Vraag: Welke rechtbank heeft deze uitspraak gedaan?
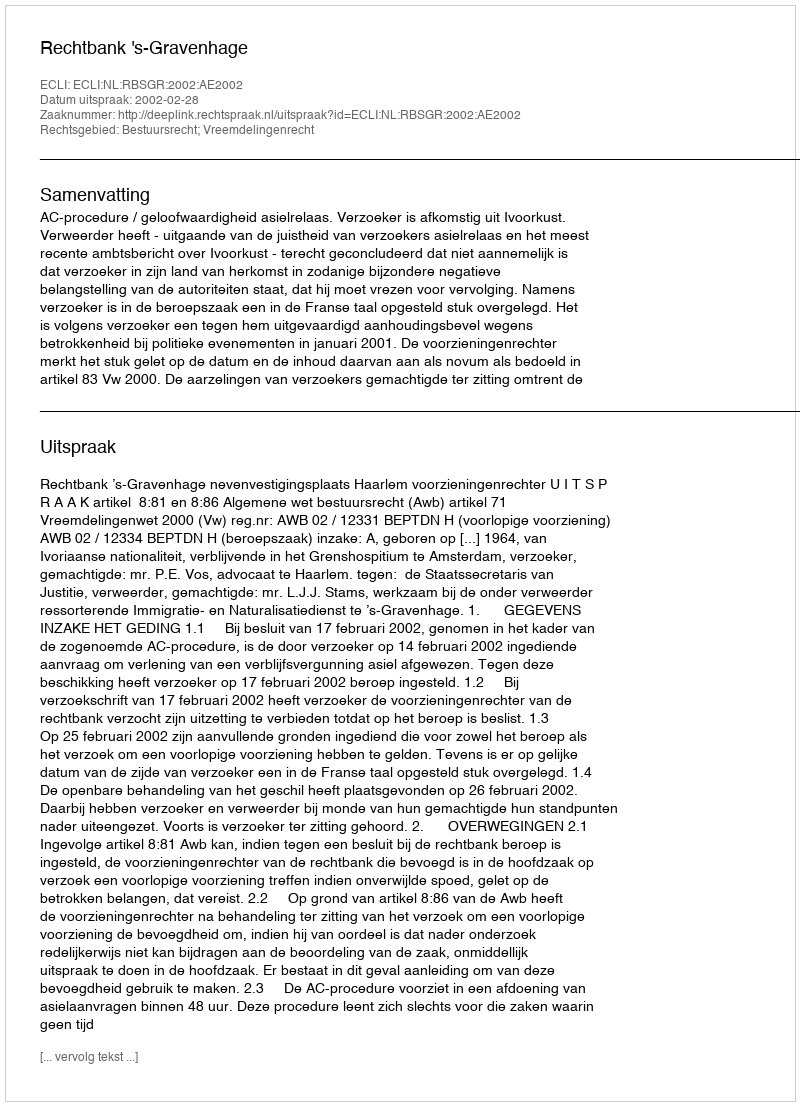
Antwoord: Rechtbank 's-Gravenhage